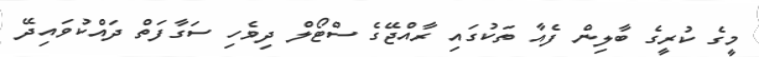
މީގެ ކުރީގެ ބާލިން ފެއާ ތަކުގައި ރާއްޖޭގެ ސްޓޯލް ދިވެހި ސަގާފަތް ދައްކުވައިދޭ